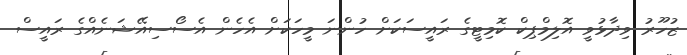
ޒުހޫރު ވިދާޅުވީ އޮލިމްޕިކް ކޮމިޓީގެ ރައީސަކަށް ހުންނަ މީހަކަށް އެހެން އެސޯސިއޭޝަނެއްގެ ރައީސް